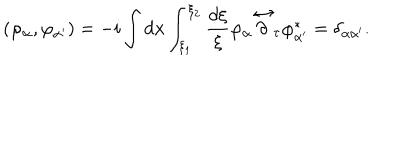
\left( \varphi _ { \alpha } , \varphi _ { \alpha ^ { \prime } } \right) = - i \int d { \mathbf x } \int _ { \xi _ { 1 } } ^ { \xi _ { 2 } } \frac { d \xi } { \xi } \varphi _ { \alpha } \stackrel { \leftrightarrow } { \partial } _ { \tau } \varphi _ { \alpha ^ { \prime } } ^ { * } = \delta _ { \alpha \alpha ^ { \prime } } .